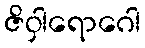
ဇိဝှါရောဂေါ